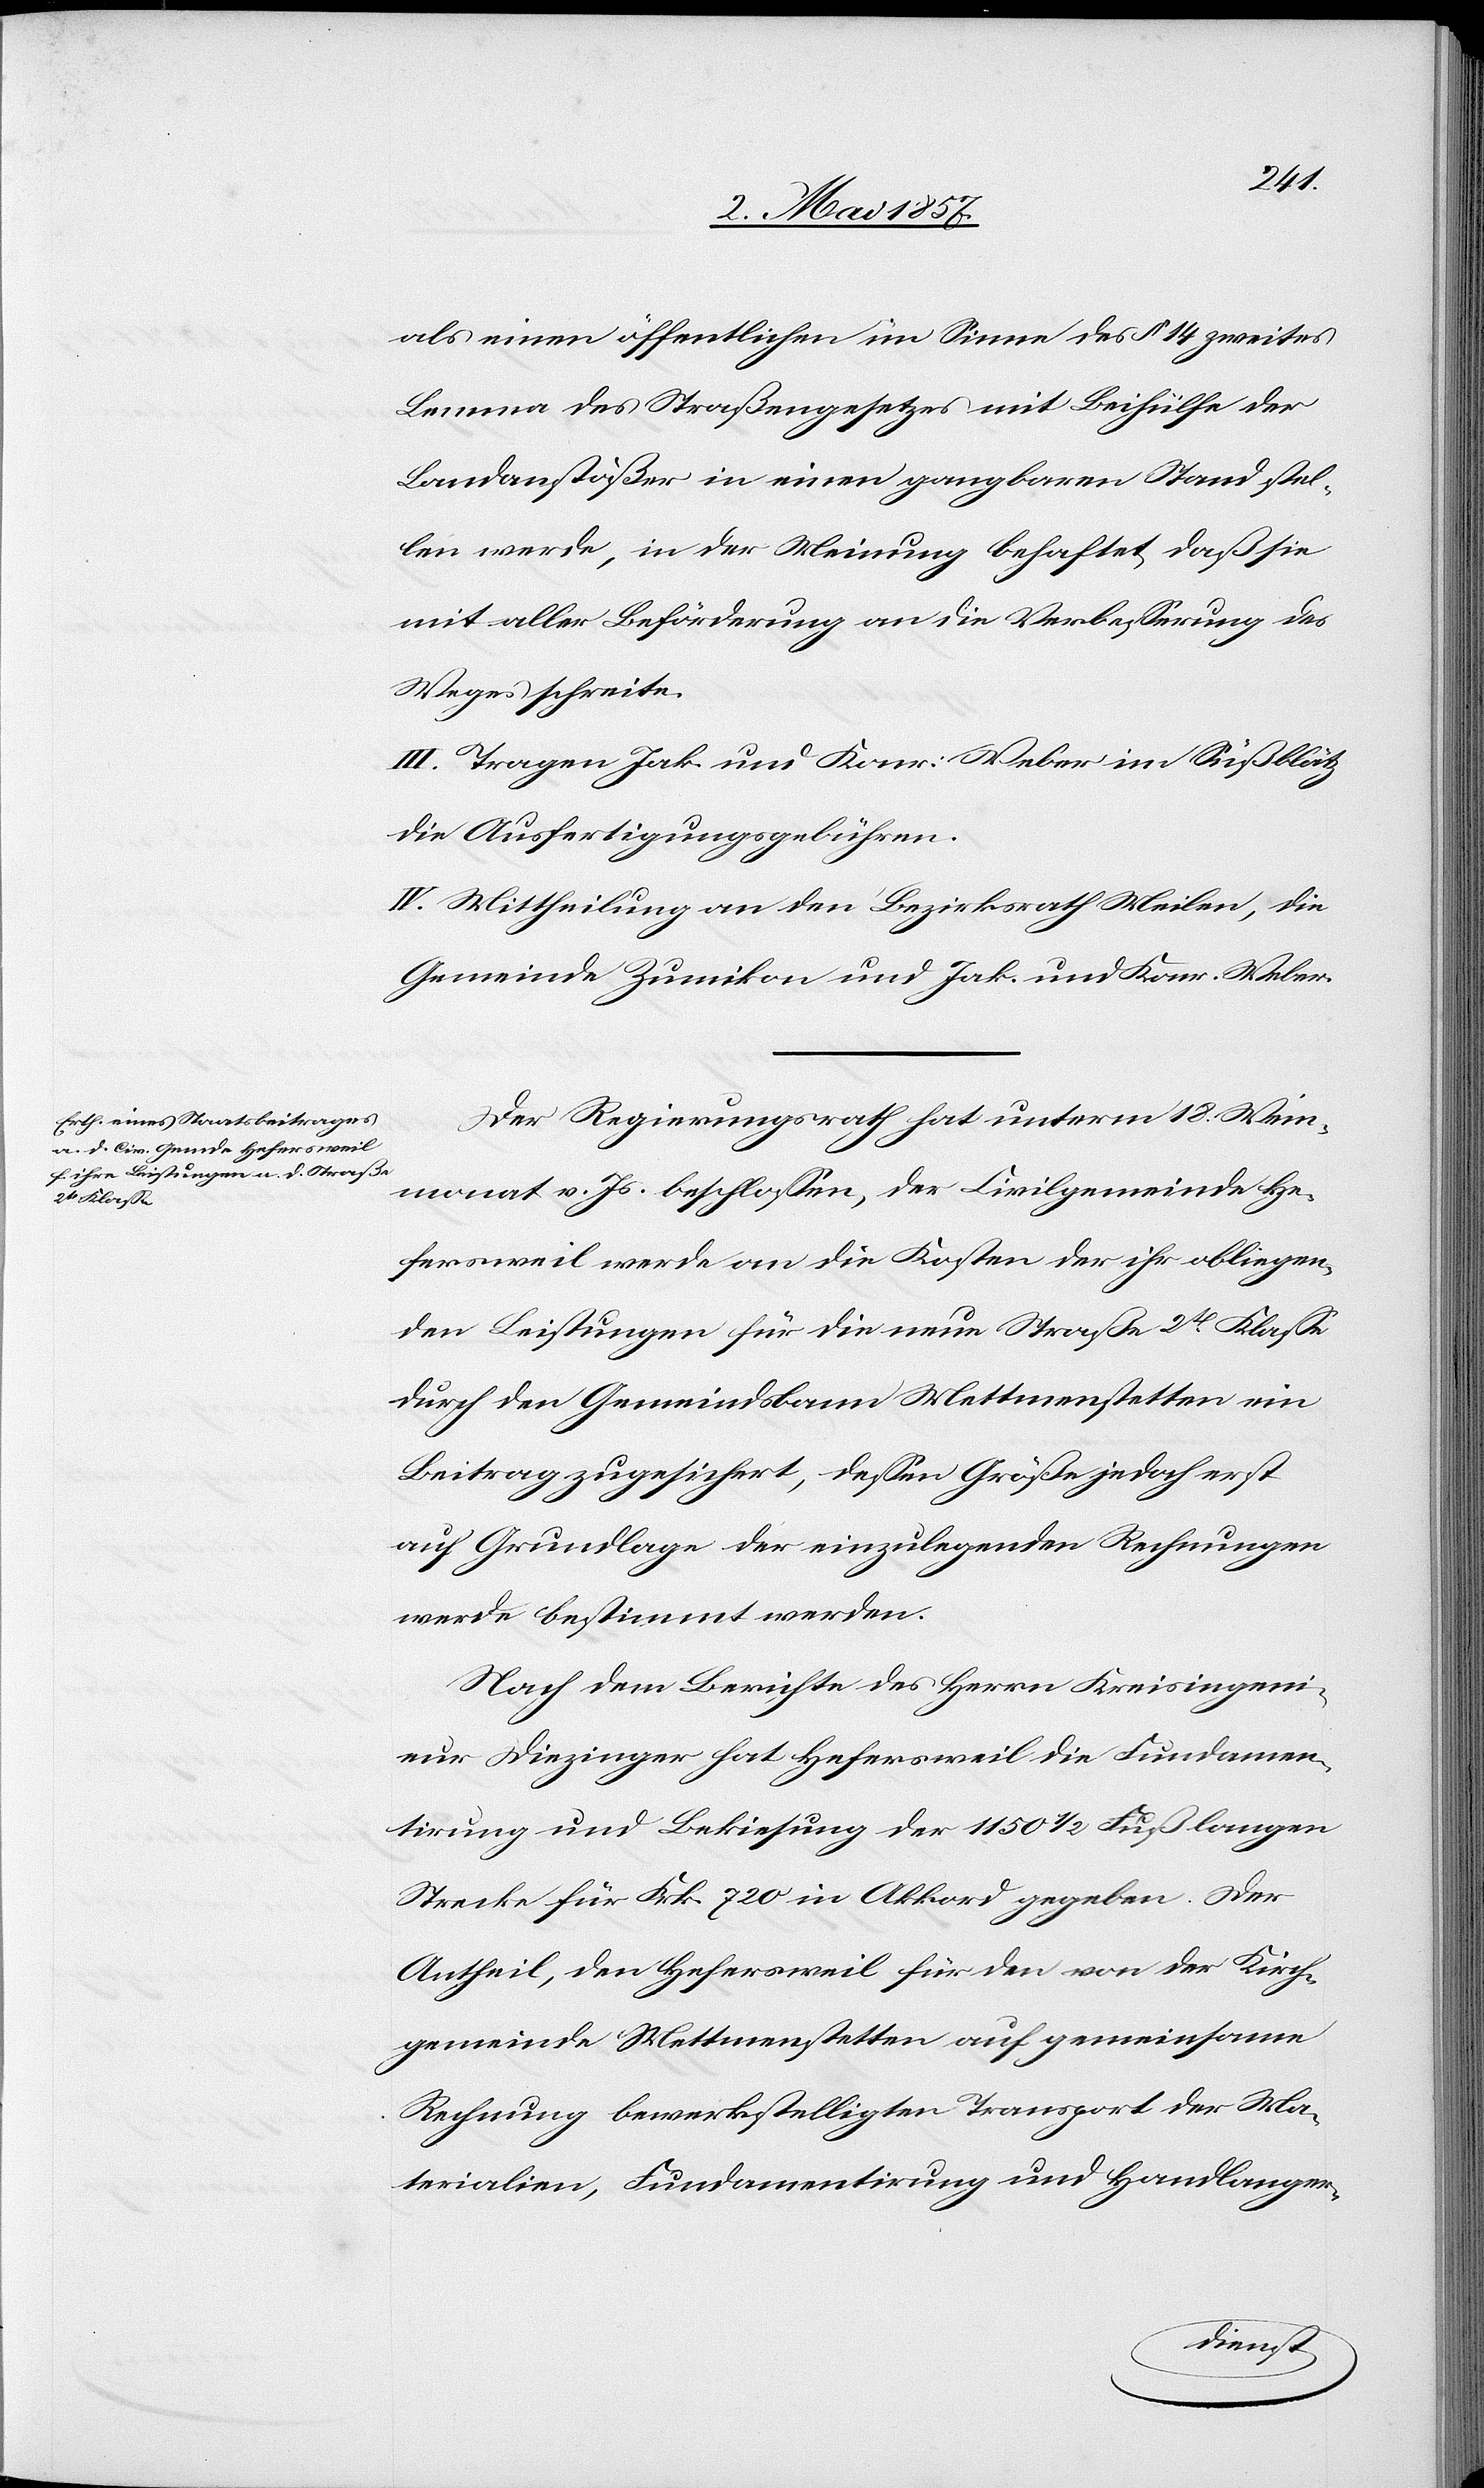
als einen öffentlichen im Sinne des § 14 zweites
Lemma des Straßengesetzes mit Beihülfe der
Landanstößer in einen gangbaren Stand stel¬
len werde, in der Meinung behaftet, daß sie
mit aller Beförderung an die Verbesserung des
Weges schreite.
III. Tragen Jak. und Konr. Weber in Süßblätz
die Ausfertigungsgebühren.
IV. Mittheilung an den Bezirksrath Meilen, die
Gemeinde Zumikon und Jak. und Konr. Weber.
Der Regierungsrath hat unterm 18 Wein¬
monat v. Js. beschlossen, der Civilgemeinde He¬
fersweil werde an die Kosten der ihr obliegen¬
den Leistungen für die neue Straße 2tr Klasse
durch den Gemeindsbann Mettmenstetten ein
Beitrag zugesichert, dessen Größe jedoch erst
auf Grundlage der einzulegenden Rechnungen
werde bestimmt werden.
Nach dem Berichte des Herrn Kreisingeni¬
eur Diezinger hat Hefersweil die Fundamen¬
tirung und Bekiesung der 1150 1/2 Fuß langen
Strecke für Frk. 720 in Akkord gegeben. Der
Antheil, den Hefersweil für den von der Kirch¬
gemeinde Mettmenstetten auf gemeinsame
Rechnung bewerkstelligten Transport der Ma¬
terialien, Fundamentirung und Handlanger-